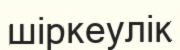
шіркеулік